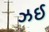
ઝઈ